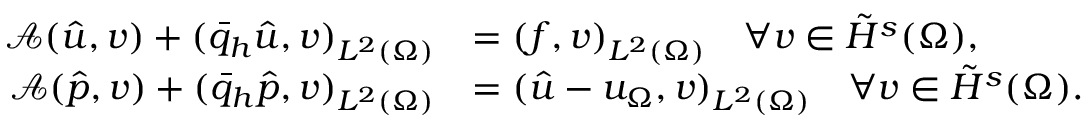
\begin{array} { r l } { \mathcal { A } ( \hat { u } , v ) + ( \bar { q } _ { h } \hat { u } , v ) _ { L ^ { 2 } ( \Omega ) } } & { = ( f , v ) _ { L ^ { 2 } ( \Omega ) } \quad \forall v \in \tilde { H } ^ { s } ( \Omega ) , } \\ { \mathcal { A } ( \hat { p } , v ) + ( \bar { q } _ { h } \hat { p } , v ) _ { L ^ { 2 } ( \Omega ) } } & { = ( \hat { u } - u _ { \Omega } , v ) _ { L ^ { 2 } ( \Omega ) } \quad \forall v \in \tilde { H } ^ { s } ( \Omega ) . } \end{array}